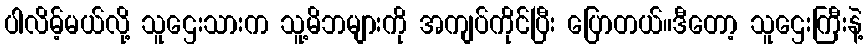
ပါလိမ့်မယ်လို့ သူဌေးသားက သူ့မိဘများကို အကျပ်ကိုင်ပြီး ပြောတယ်။ဒီတော့ သူဌေးကြီးနဲ့